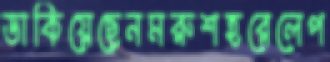
ডাকিয়েছেনমরুশহরেলেপ